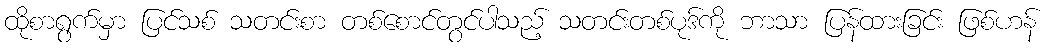
ထိုစာရွက်မှာ ပြင်သစ် သတင်းစာ တစ်စောင်တွင်ပါသည့် သတင်းတစ်ပုဒ်ကို ဘာသာ ပြန်ထားခြင်း ဖြစ်ဟန်